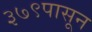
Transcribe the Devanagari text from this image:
३७९पासून